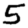
Digit: 5